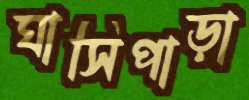
ঘাসিপাড়া